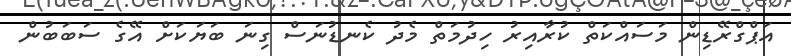
އަޕްގްރޭޑިން މަސައްކަތް ކުރާއިރު ހިދުމަތް މެދު ކެނޑުނަސް ގިނަ ބަޔަކަށް އޭގެ ސަބަބުން